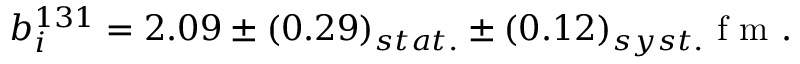
b _ { i } ^ { 1 3 1 } = 2 . 0 9 \pm ( 0 . 2 9 ) _ { s t a t . } \pm ( 0 . 1 2 ) _ { s y s t . } \space \mathrm { ~ f ~ m ~ } .